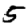
Digit: 5